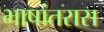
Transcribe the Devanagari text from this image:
भाषांतरास